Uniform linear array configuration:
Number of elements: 64
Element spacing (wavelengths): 0.75
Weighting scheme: blackman
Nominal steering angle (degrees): -60
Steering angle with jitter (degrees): -58.72
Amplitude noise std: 0.05
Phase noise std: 0.05

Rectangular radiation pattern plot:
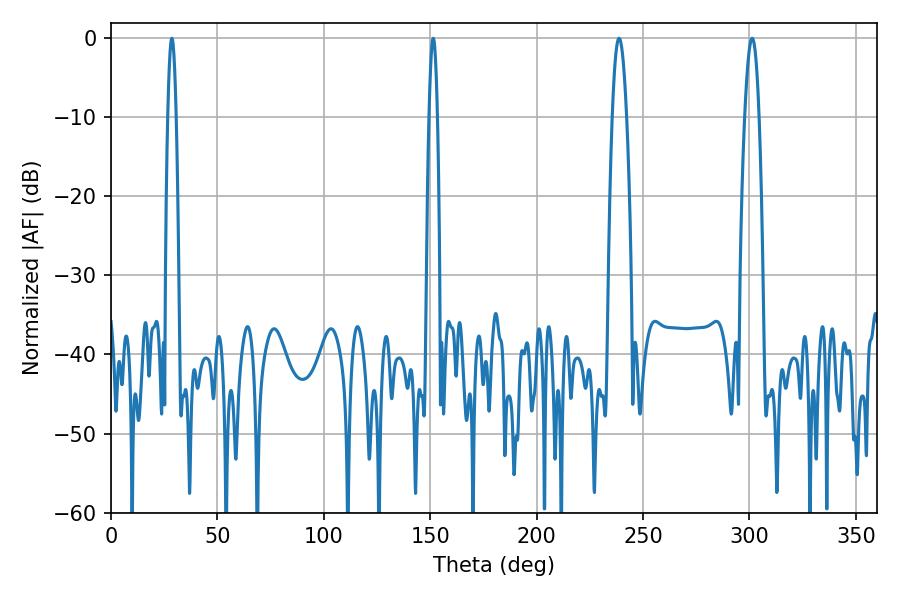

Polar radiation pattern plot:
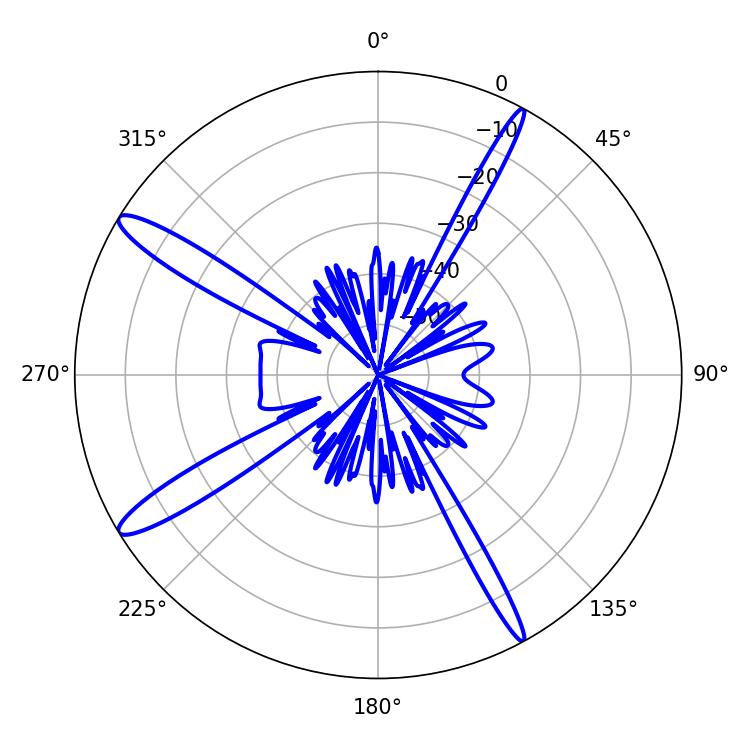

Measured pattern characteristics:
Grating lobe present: TRUE
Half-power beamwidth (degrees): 2.16
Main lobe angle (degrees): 28.62